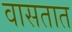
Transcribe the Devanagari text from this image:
वासतात